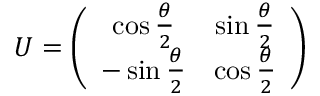
{ \cal { U } } = \left( \begin{array} { c c } { { \cos { \frac { \theta } { 2 } } } } & { { \sin { \frac { \theta } { 2 } } } } \\ { { - \sin { \frac { \theta } { 2 } } } } & { { \cos { \frac { \theta } { 2 } } } } \end{array} \right)